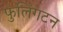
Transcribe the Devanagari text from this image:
फुलिंगटन